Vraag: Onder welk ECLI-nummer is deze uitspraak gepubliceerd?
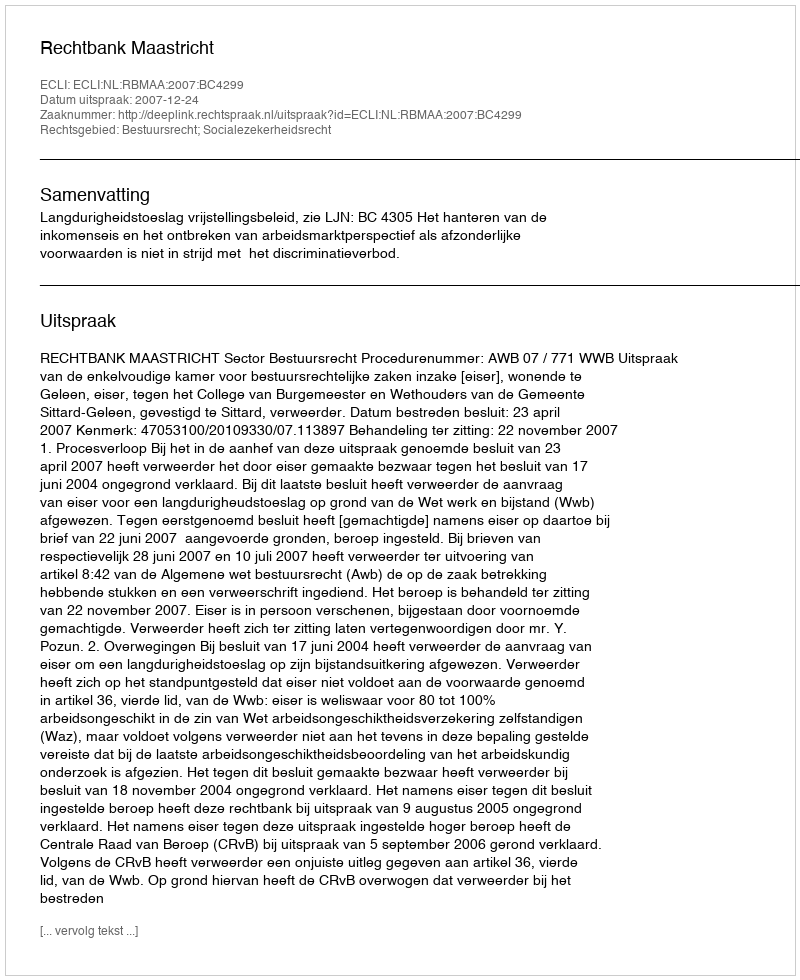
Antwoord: ECLI:NL:RBMAA:2007:BC4299